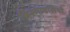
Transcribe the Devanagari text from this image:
किरणावलियों